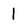
Character: 1